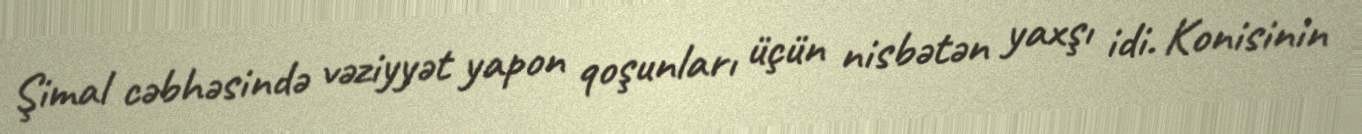
Şimal cəbhəsində vəziyyət yapon qoşunları üçün nisbətən yaxşı idi. Konisinin